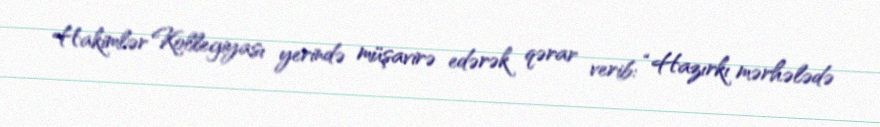
Hakimlər Kollegiyası yerində müşavirə edərək qərar verib: “Hazırkı mərhələdə